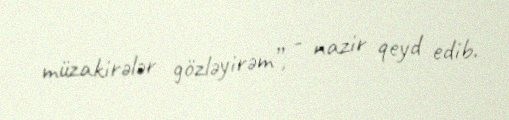
müzakirələr gözləyirəm”, - nazir qeyd edib.